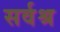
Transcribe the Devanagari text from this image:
सर्वश्र